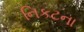
નિકટના